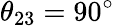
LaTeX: \theta_{23}=90^{\circ}